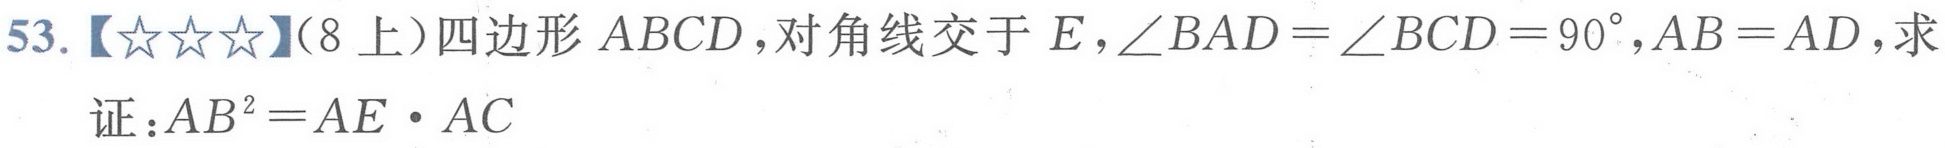
53.【★★★】（8上）四边形 \(ABCD\)，对角线交于 \(E\)，\(\angle BAD = \angle BCD = 90^{\circ}\)，\(AB = AD\)，求证：\(AB^{2}=AE\cdot AC\)